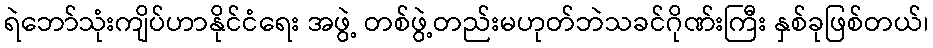
ရဲဘော်သုံးကျိပ်ဟာနိုင်ငံရေး အဖွဲ့ တစ်ဖွဲ့တည်းမဟုတ်ဘဲသခင်ဂိုဏ်းကြီး နှစ်ခုဖြစ်တယ်၊